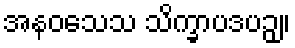
အနဝသေသ သိက္ခာပဒပဉှ။